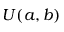
U ( a , b )